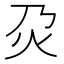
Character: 𤆄